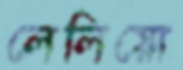
লেলিয়ো